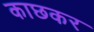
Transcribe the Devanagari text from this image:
काछकर